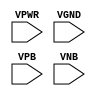
module sky130_fd_sc_hd__fill (
    VPWR,
    VGND,
    VPB ,
    VNB
);

    input VPWR;
    input VGND;
    input VPB ;
    input VNB ;
endmodule